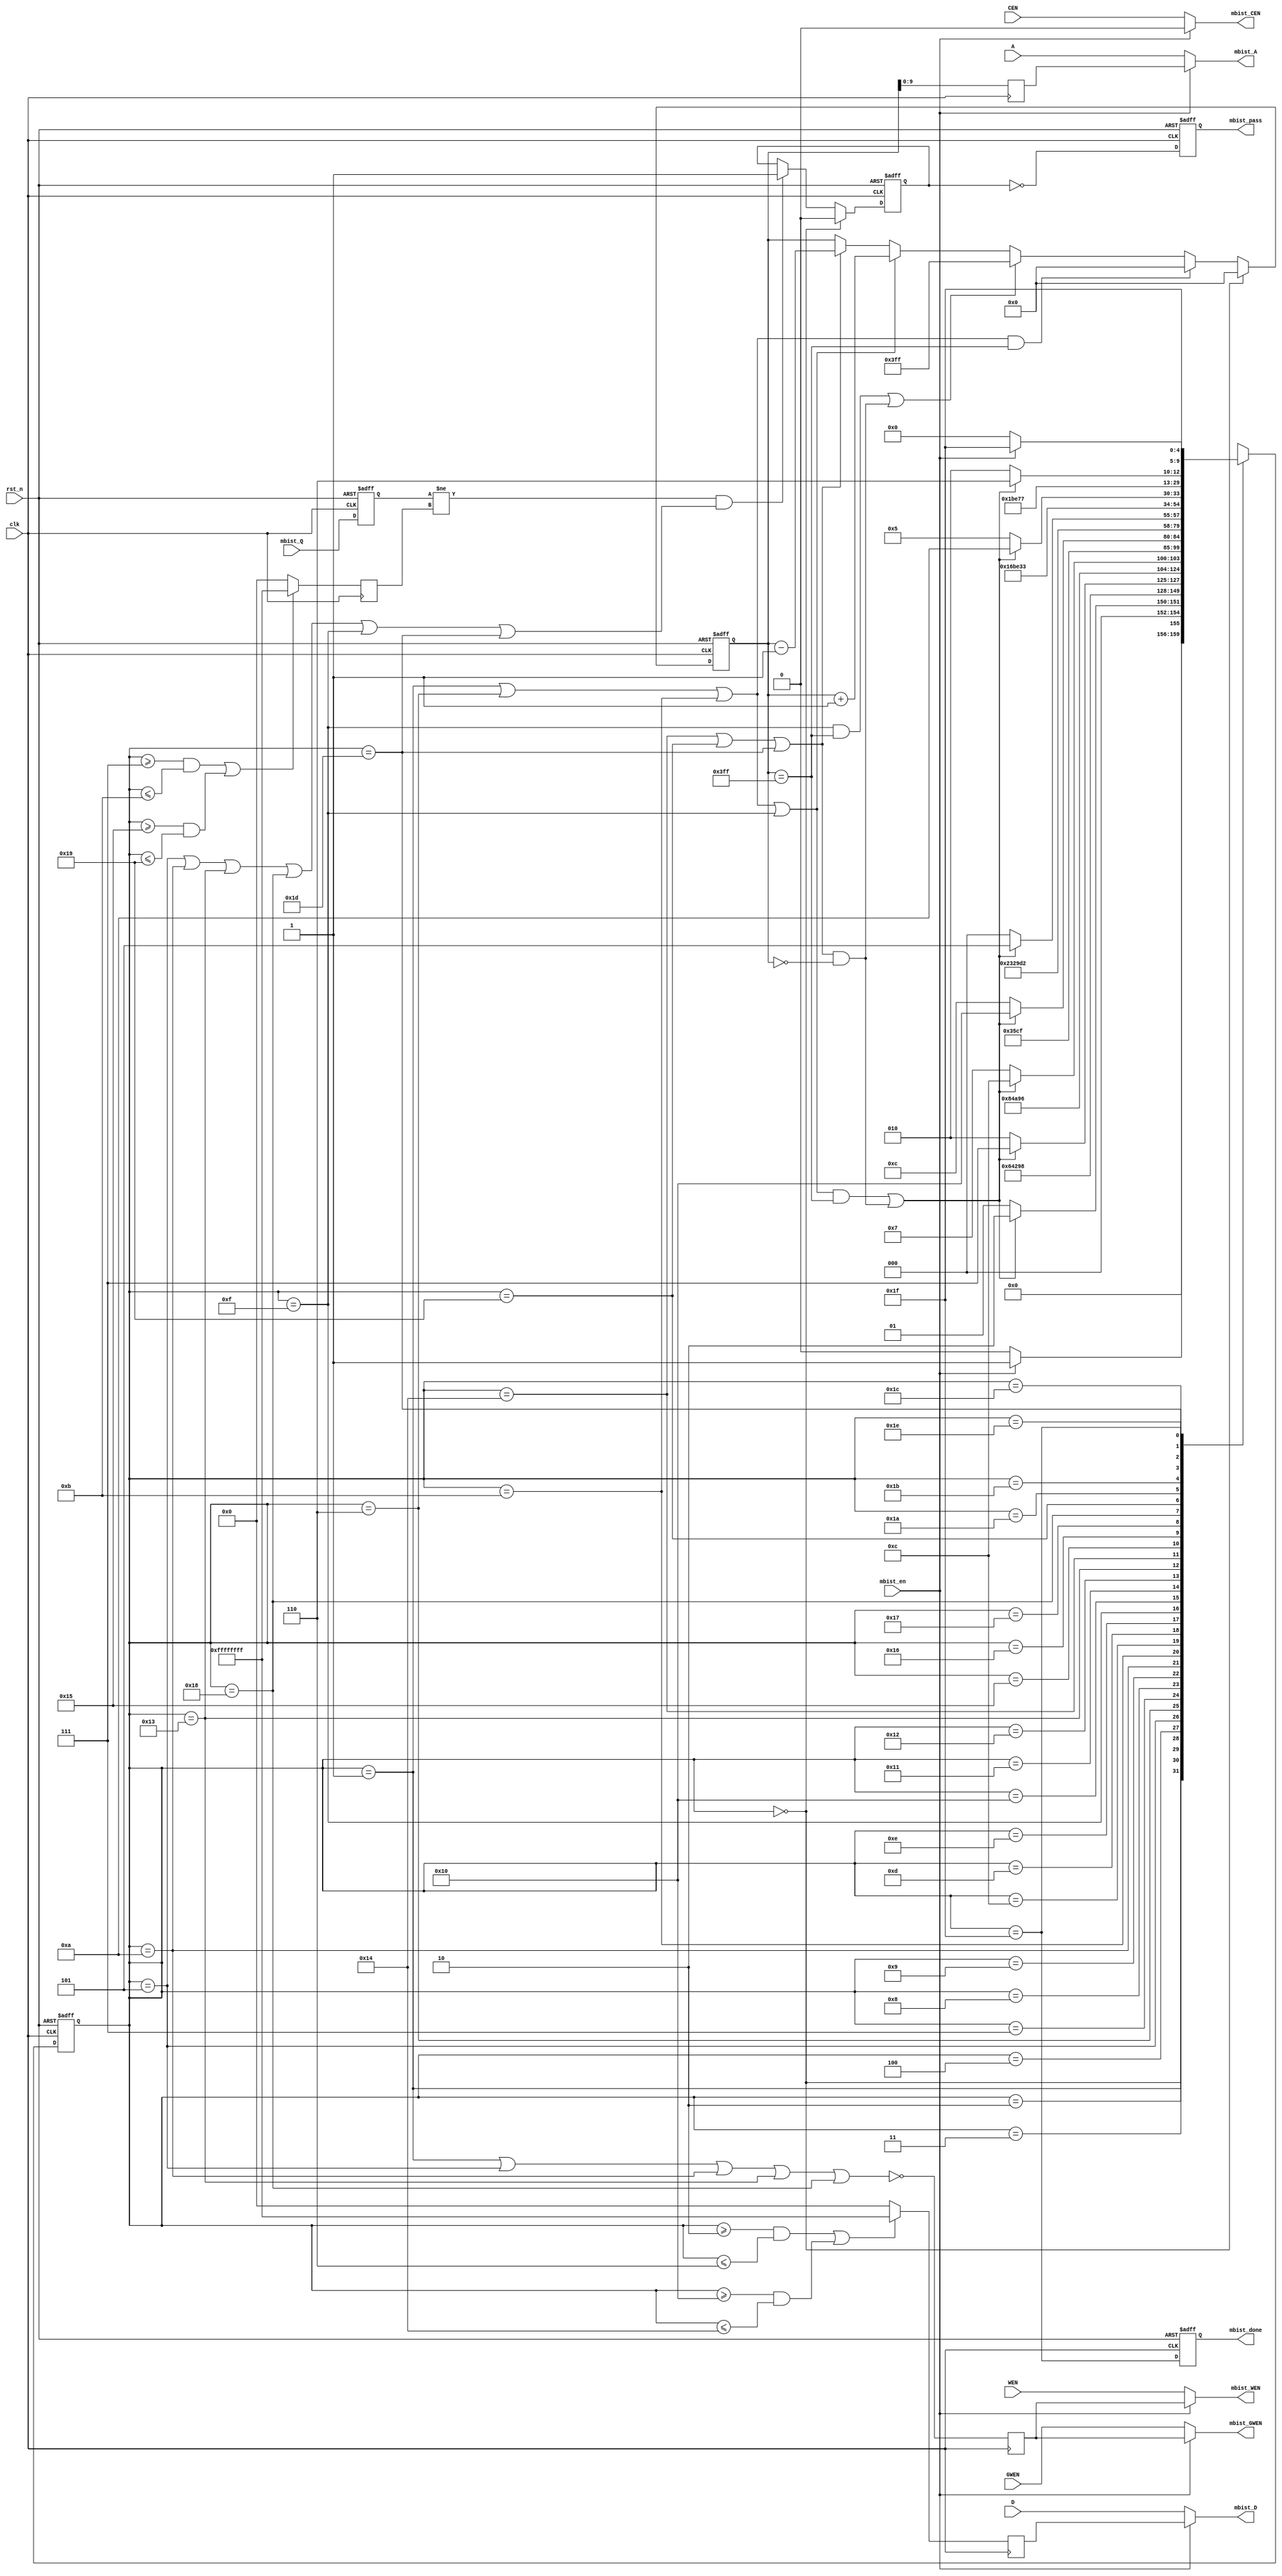
//======================================================
// GALAXY CORE COPY RIGHT
//
// SOC -- GC602S 
// DESIGN: Ivy
// REVIEW: 
//
// FUNCTION DESCRIPTION:
// 1.to test single-posrt sram 8192x32  March C
// 2.log 2  
// 3.2 col redundancy
// NOTE:
// SMIC 40nm
//  
// revision log  
// v1.0.2  2017.07.10
// v1.0.3  2017.07.12 for dc
// v1.0.4  2017.07.13 optimize
//======================================================
module SRAM_MBIST 
    #(
    parameter   ADDR    = 10,       // ceil(log2(DEPTH))
                DATA    = 32,       // IO_WIDTH, max=144
                DEPTH   = 1024,     // Words, max=2^24
                WMASK   = 1         // write mask width
    )         
    (
    input                 clk,
    input                 rst_n,
     

    input                 mbist_en,
    output reg            mbist_done,
    output reg            mbist_pass,

    input                 CEN,
    input                 GWEN,
    input  [WMASK-1 : 0]  WEN,
    input  [ADDR-1 : 0]   A,
    input  [DATA-1 : 0]   D,

    output                mbist_CEN,
    output                mbist_GWEN,
    output [WMASK-1: 0]   mbist_WEN,
    output [ADDR-1 : 0]   mbist_A,
    output [DATA-1 : 0]   mbist_D,          
    input  [DATA-1 : 0]   mbist_Q

    //output reg [8:0]     mbist_log0,  // bit[8] = 1, lower part has an error
    //output reg [8:0]     mbist_log1   // bit[8] = 1, higher part has an error
);  
localparam DEPTH_USE = DEPTH-1;

reg [ADDR-1 : 0]         test_A;
reg [DATA-1 : 0]         test_D;
reg                      test_WEN;
wire                     test_CEN = 1'b0;

assign  mbist_CEN  = mbist_en ? test_CEN : CEN;
assign  mbist_GWEN = mbist_en ? test_WEN : GWEN;
assign  mbist_WEN  = mbist_en ? {WMASK{test_WEN}} : WEN;
assign  mbist_A    = mbist_en ? test_A   : A;
assign  mbist_D    = mbist_en ? test_D   : D;
wire error_checking= 1'b0;

//===================================================================
// test items ff 00 aa 55 
//===================================================================
localparam TEST_IDLE         = 5'h0;
localparam TEST_W0_U         = 5'h1; //write 0        address up 
localparam TEST_R0W1_U_R     = 5'h2; //read 0 write 1 address up   
localparam TEST_R0W1_U_CHECK = 5'h3;
localparam TEST_R0W1_U_W_WAIT= 5'h4;
localparam TEST_R0W1_U_W     = 5'h5;
localparam TEST_R0W1_U_ADD   = 5'h6;
localparam TEST_R1W0_U_R     = 5'h7; //read 1 write 0 address up
localparam TEST_R1W0_U_CHECK = 5'h8;
localparam TEST_R1W0_U_W_WAIT= 5'h9;
localparam TEST_R1W0_U_W     = 5'ha; 
localparam TEST_R1W0_U_ADD   = 5'hb; 
localparam TEST_R0_U         = 5'hc; //read 0         address up
localparam TEST_R0_U_CHECK   = 5'hd;
localparam TEST_R0_U_ADD_WAIT= 5'he;
localparam TEST_R0_U_ADD     = 5'hf; 
localparam TEST_R0W1_D_R     = 5'h10; //read 0 write 1 address down
localparam TEST_R0W1_D_CHECK = 5'h11;
localparam TEST_R0W1_D_W_WAIT= 5'h12;
localparam TEST_R0W1_D_W     = 5'h13;
localparam TEST_R0W1_D_DEC   = 5'h14;
localparam TEST_R1W0_D_R     = 5'h15; //read 1 write 0 address down
localparam TEST_R1W0_D_CHECK = 5'h16;
localparam TEST_R1W0_D_W_WAIT =5'h17;
localparam TEST_R1W0_D_W     = 5'h18;
localparam TEST_R1W0_D_DEC   = 5'h19;
localparam TEST_R0_D         = 5'h1a; //read 0        address down
localparam TEST_R0_D_CHECK   = 5'h1b;
localparam TEST_R0_D_DEC_WAIT= 5'h1c;
localparam TEST_R0_D_DEC     = 5'h1d;
localparam TEST_LOG          = 5'h1e;
localparam TEST_CMP          = 5'h1f; 

reg [4:0] test_state,next_test_state;
wire   cnt_finish;

always@(posedge clk or negedge rst_n)
      if(~rst_n)
           test_state <= 5'h0;
       else if (error_checking)
           test_state <= test_state;
       else
           test_state <= next_test_state;

always@(*)
       case(test_state) 
  TEST_IDLE       : begin
                        if(mbist_en)         
                            next_test_state = TEST_W0_U;
                        else
                            next_test_state = TEST_IDLE;
                    end
            
  TEST_W0_U       : begin
                        if(cnt_finish)
                            next_test_state = TEST_R0W1_U_R;
                        else
                            next_test_state = TEST_W0_U; 
                    end 

  TEST_R0W1_U_R   :         next_test_state = TEST_R0W1_U_CHECK;
  TEST_R0W1_U_CHECK :       next_test_state = TEST_R0W1_U_W_WAIT;
  TEST_R0W1_U_W_WAIT:       next_test_state = TEST_R0W1_U_W;
  TEST_R0W1_U_W   :         next_test_state = TEST_R0W1_U_ADD;
  TEST_R0W1_U_ADD : begin
                        if(cnt_finish)
                            next_test_state = TEST_R1W0_U_R;
                        else
                            next_test_state = TEST_R0W1_U_R; 
                    end 

  TEST_R1W0_U_R   :         next_test_state = TEST_R1W0_U_CHECK;
  TEST_R1W0_U_CHECK :       next_test_state = TEST_R1W0_U_W_WAIT;
  TEST_R1W0_U_W_WAIT:       next_test_state = TEST_R1W0_U_W;
  TEST_R1W0_U_W   :         next_test_state = TEST_R1W0_U_ADD;
  TEST_R1W0_U_ADD : begin
                        if(cnt_finish)
                            next_test_state = TEST_R0_U;
                        else
                            next_test_state = TEST_R1W0_U_R; 
                    end 

  TEST_R0_U       :         next_test_state = TEST_R0_U_CHECK;
  TEST_R0_U_CHECK :         next_test_state = TEST_R0_U_ADD_WAIT; 
  TEST_R0_U_ADD_WAIT :         next_test_state = TEST_R0_U_ADD; 
  TEST_R0_U_ADD   : begin
                        if(cnt_finish)
                            next_test_state = TEST_R0W1_D_R;
                        else
                            next_test_state = TEST_R0_U; 
                    end

  TEST_R0W1_D_R   :         next_test_state = TEST_R0W1_D_CHECK;
  TEST_R0W1_D_CHECK :       next_test_state = TEST_R0W1_D_W_WAIT;
  TEST_R0W1_D_W_WAIT:       next_test_state = TEST_R0W1_D_W;
  TEST_R0W1_D_W   :         next_test_state = TEST_R0W1_D_DEC;
  TEST_R0W1_D_DEC : begin
                        if(cnt_finish)
                            next_test_state = TEST_R1W0_D_R;
                        else
                            next_test_state = TEST_R0W1_D_R; 
                    end 

  TEST_R1W0_D_R   :         next_test_state = TEST_R1W0_D_CHECK;
  TEST_R1W0_D_CHECK :       next_test_state = TEST_R1W0_D_W_WAIT;
  TEST_R1W0_D_W_WAIT:       next_test_state = TEST_R1W0_D_W;
  TEST_R1W0_D_W   :         next_test_state = TEST_R1W0_D_DEC;
  TEST_R1W0_D_DEC : begin
                        if(cnt_finish)
                            next_test_state = TEST_R0_D;
                        else
                            next_test_state = TEST_R1W0_D_R; 
                    end 

  TEST_R0_D      :          next_test_state = TEST_R0_D_CHECK;
  TEST_R0_D_CHECK :         next_test_state = TEST_R0_D_DEC_WAIT; 
  TEST_R0_D_DEC_WAIT :         next_test_state = TEST_R0_D_DEC; 
  TEST_R0_D_DEC  :  begin
                        if(cnt_finish)
                            next_test_state = TEST_LOG;
                        else
                            next_test_state = TEST_R0_D; 
                    end 
  TEST_LOG       :          next_test_state = TEST_CMP;
  TEST_CMP       :  begin
                        if(~mbist_en)
                            next_test_state = TEST_IDLE;
                        else
                            next_test_state = TEST_CMP;  
                    end 
  default        :          next_test_state = TEST_IDLE;
 endcase

//=======================================================================
reg [14:0] test_cnt;
always@(posedge clk)
    test_A <= test_cnt[ADDR-1 : 0];    
wire  cnt_up_valid   = test_state == TEST_W0_U       || test_state == TEST_R0W1_U_ADD || test_state ==TEST_R1W0_U_ADD || test_state ==TEST_R0_U_ADD ;
wire  cnt_down_valid = test_state == TEST_R0W1_D_DEC || test_state == TEST_R1W0_D_DEC || test_state ==TEST_R0_D_DEC;
assign cnt_finish    = (cnt_up_valid && test_cnt == DEPTH_USE) || (cnt_down_valid && test_cnt == 0);

wire  reset0_valid   = (test_state == TEST_W0_U      || test_state == TEST_R0W1_U_ADD || test_state ==TEST_R1W0_U_ADD) && test_cnt == DEPTH_USE;
wire  resetf_valid   = (test_state == TEST_R0_U_ADD  && test_cnt == DEPTH_USE)     || (cnt_down_valid && test_cnt == 0);

always@(posedge clk or negedge rst_n)
       if(~rst_n)
            test_cnt <= 'h0;
       else if(test_state == TEST_IDLE)
            test_cnt <= 'h0;          
       else if (~error_checking)
       begin
            if(reset0_valid)
                test_cnt <= 'h0;
            else if(resetf_valid)
                test_cnt <= DEPTH_USE; //{ADDR{1'b1}};
            else if(cnt_up_valid)
                test_cnt <= test_cnt + 15'h1;
            else if(cnt_down_valid)
                test_cnt <= test_cnt - 15'h1;  
       end
            
//=============================================================================       Write
always@(posedge clk)
    test_WEN    <= ~(test_state == TEST_W0_U || test_state == TEST_R0W1_U_W || test_state == TEST_R1W0_U_W || test_state == TEST_R0W1_D_W || test_state == TEST_R1W0_D_W); 
wire    write1_valid =  (test_state >= TEST_R0W1_U_R && test_state <= TEST_R0W1_U_ADD) || (test_state >= TEST_R0W1_D_R && test_state <= TEST_R0W1_D_DEC);
always@(posedge clk)
    test_D      <=  write1_valid ? {DATA{1'b1}} : {DATA{1'b0}};

//=============================================================================       Read check
//reg check_valid;
//always@(posedge clk)
//    check_valid <= (test_state == TEST_R0W1_U_CHECK || test_state == TEST_R1W0_U_CHECK || test_state == TEST_R0W1_D_CHECK || test_state == TEST_R1W0_D_CHECK || test_state == TEST_R0_U_CHECK || test_state == TEST_R0_D_CHECK);
wire     check_valid = (test_state == TEST_R0W1_U_W || test_state == TEST_R1W0_U_W || test_state == TEST_R0W1_D_W || test_state == TEST_R1W0_D_W || test_state == TEST_R0_U_ADD || test_state == TEST_R0_D_DEC);
wire            check1_valid = (test_state >= TEST_R1W0_U_R && test_state <= TEST_R1W0_U_ADD) || (test_state >= TEST_R1W0_D_R && test_state <= TEST_R1W0_D_DEC);
reg [DATA-1:0] check_D;
always@(posedge clk)
    check_D <= check1_valid ? {DATA{1'b1}} : {DATA{1'b0}};

//=============================================== addresss log
reg [DATA-1 : 0]   mbist_Q_d;

always@(posedge clk or negedge rst_n)
    if (~rst_n)
       mbist_Q_d <= {(DATA){1'b0}};
    else 
       mbist_Q_d <= mbist_Q ;  


wire  error_valid =  (mbist_Q_d != check_D) && check_valid;

reg error_fail;

always@(posedge clk or negedge rst_n)
    if (~rst_n)
        error_fail <= 1'b0;
    else if(test_state == TEST_IDLE)
        error_fail <= 1'b0;
    else if (error_valid)
        error_fail <= 1'b1;

//reg [127:0] error_info0, error_info1;
//always@(posedge clk)
//begin
//     error_info0 <= {{(128-DATA/2){1'b0}}, mbist_Q[(DATA/2-1) : 0     ] ^ check_D[(DATA/2-1) : 0     ]};
//     error_info1 <= {{(128-DATA/2){1'b0}}, mbist_Q[(DATA-1)   : DATA/2] ^ check_D[(DATA-1)   : DATA/2]};
//end

//wire [127:0]    error_info0 = {{(128-DATA/2){1'b0}}, mbist_Q[(DATA/2-1) : 0     ] ^ check_D[(DATA/2-1) : 0     ]};
//wire [127:0]    error_info1 = {{(128-DATA/2){1'b0}}, mbist_Q[(DATA-1)   : DATA/2] ^ check_D[(DATA-1)   : DATA/2]};

/*
//=============================================== column redundancy
reg [1:0] error_col_cnt0, error_col_cnt1;  
reg [3:0] error_bit_cnt;

assign error_checking = error_valid && error_bit_cnt <= 'h7; 

always@(posedge clk or negedge rst_n)
    if (~rst_n)
        error_bit_cnt <= 'h0;
    else if (error_valid)
        error_bit_cnt <= error_bit_cnt + 'b1;
    else error_bit_cnt <= 'b0;

reg [6:0] error_bit0, error_bit1;
reg [1:0] error_flag0, error_flag1;
reg [63:0] error_info_tmp0, error_info_tmp1;
always@(posedge clk or negedge rst_n)
    if (~rst_n)
        error_bit0  <= 7'b0;
    else if (error_valid)
        case (error_bit_cnt)
        4'h0 : if (|error_info0[127:64]) 
                    error_bit0  <= {1'b1, 6'b0};
               else 
                    error_bit0  <= {1'b0, 6'b0};

        4'h1 : if (|error_info_tmp0[63:32])
                   error_bit0  <= {error_bit0[6], 1'b1, 5'b0}; 
               else 
                   error_bit0  <= {error_bit0[6], 1'b0, 5'b0};

        4'h2 : if (|error_info_tmp0[31:16])
                    error_bit0  <= {error_bit0[6:5], 1'b1, 4'b0};
               else 
                    error_bit0  <= {error_bit0[6:5], 1'b0, 4'b0};

        4'h3 : if (|error_info_tmp0[15:8])
                    error_bit0  <= {error_bit0[6:4], 1'b1, 3'b0};
               else 
                    error_bit0  <= {error_bit0[6:4], 1'b0, 3'b0};

        4'h4 : if (|error_info_tmp0[7:4])
                    error_bit0  <= {error_bit0[6:3], 1'b1, 2'b0};
               else 
                    error_bit0  <= {error_bit0[6:3], 1'b0, 2'b0};

        4'h5 : if (|error_info_tmp0[3:2])
                    error_bit0  <=  {error_bit0[6:2], 1'b1, 1'b0};
               else 
                    error_bit0  <=  {error_bit0[6:2], 1'b0, 1'b0};

        4'h6 : if (error_info_tmp0[1])
                    error_bit0  <= {error_bit0[6:1], 1'b1};
               else
                    error_bit0  <= {error_bit0[6:1], 1'b0};
        endcase

wire error_flag0_not_full = ~error_flag0[1];
always@(posedge clk or negedge rst_n)
    if (~rst_n)
        error_flag0 <= 2'b0;
    else if (error_valid && error_flag0_not_full)
        case (error_bit_cnt)
        4'h0 : error_flag0 <= |error_info0    [127:64]+ |error_info0    [63:0];
        4'h1 : error_flag0 <= |error_info_tmp0[63:32] + |error_info_tmp0[31:0];
        4'h2 : error_flag0 <= |error_info_tmp0[31:16] + |error_info_tmp0[15:0];
        4'h3 : error_flag0 <= |error_info_tmp0[15:8]  + |error_info_tmp0[7:0];
        4'h4 : error_flag0 <= |error_info_tmp0[7:4]   + |error_info_tmp0[3:0];
        4'h5 : error_flag0 <= |error_info_tmp0[3:2]   + |error_info_tmp0[1:0];
        4'h6 : error_flag0 <=  error_info_tmp0[1]     +  error_info_tmp0[0];
        endcase

always@(posedge clk or negedge rst_n)
    if (~rst_n)
        error_info_tmp0 <= 64'b0;
    else if (error_valid)
        case (error_bit_cnt)
        4'h0 : if (|error_info0[127:64])
                    error_info_tmp0 <= error_info0[127:64];
               else 
                    error_info_tmp0 <= error_info0[63:0];

        4'h1 : if (|error_info_tmp0[63:32])
                    error_info_tmp0 <= error_info_tmp0[63:32];
               else 
                    error_info_tmp0 <= error_info_tmp0[31:0];

        4'h2 : if (|error_info_tmp0[31:16])
                    error_info_tmp0 <= error_info_tmp0[31:16];
               else 
                    error_info_tmp0 <= error_info_tmp0[15:0];

        4'h3 : if (|error_info_tmp0[15:8])
                    error_info_tmp0 <= error_info_tmp0[15:8];
               else 
                    error_info_tmp0 <= error_info_tmp0[7:0];

        4'h4 : if (|error_info_tmp0[7:4])
                    error_info_tmp0 <= error_info_tmp0[7:4];
               else 
                    error_info_tmp0 <= error_info_tmp0[3:0];

        4'h5 : if (|error_info_tmp0[3:2])
                    error_info_tmp0 <= error_info_tmp0[3:2];
               else 
                    error_info_tmp0 <= error_info_tmp0[1:0];
         endcase

always@(posedge clk or negedge rst_n)
    if (~rst_n)
        error_bit1  <= 7'b0;
    else if (error_valid)
        case (error_bit_cnt)
        4'h0 : if (|error_info1[127:64])
                    error_bit1 <= {1'b1, 6'b0};
               else 
                    error_bit1 <= {1'b0, 6'b0};

        4'h1 : if (|error_info_tmp1[63:32])
                    error_bit1  <= {error_bit1[6], 1'b1, 5'b0};
               else 
                    error_bit1  <= {error_bit1[6], 1'b0, 5'b0};

        4'h2 : if (|error_info_tmp1[31:16])
                    error_bit1  <= {error_bit1[6:5], 1'b1, 4'b0};
               else
                    error_bit1  <= {error_bit1[6:5], 1'b0, 4'b0};

        4'h3 : if (|error_info_tmp1[15:8])
                    error_bit1  <= {error_bit1[6:4], 1'b1, 3'b0};
               else 
                    error_bit1  <= {error_bit1[6:4], 1'b0, 3'b0};
        
        4'h4 : if (|error_info_tmp1[7:4])
                    error_bit1  <= {error_bit1[6:3], 1'b1, 2'b0};
               else
                    error_bit1  <= {error_bit1[6:3], 1'b0, 2'b0};

        4'h5 : if (|error_info_tmp1[3:2])
                    error_bit1  <= {error_bit1[6:2], 1'b1, 1'b0};
               else
                    error_bit1  <= {error_bit1[6:2], 1'b0, 1'b0};

        4'h6 : if (error_info_tmp1[1])
                    error_bit1  <= {error_bit1[6:1], 1'b1};
               else
                    error_bit1  <= {error_bit1[6:1], 1'b0};
        endcase

wire error_flag1_not_full = ~error_flag1[1];

always@(posedge clk or negedge rst_n)
    if (~rst_n)
        error_flag1 <= 2'b0;
    else if (error_valid & error_flag1_not_full)
        case (error_bit_cnt)
        4'h0 : error_flag1 <= |error_info1    [127:64]+ |error_info1    [63:0];
        4'h1 : error_flag1 <= |error_info_tmp1[63:32] + |error_info_tmp1[31:0];
        4'h2 : error_flag1 <= |error_info_tmp1[31:16] + |error_info_tmp1[15:0];
        4'h3 : error_flag1 <= |error_info_tmp1[15:8]  + |error_info_tmp1[7:0];
        4'h4 : error_flag1 <= |error_info_tmp1[7:4]   + |error_info_tmp1[3:0];
        4'h5 : error_flag1 <= |error_info_tmp1[3:2]   + |error_info_tmp1[1:0];
        4'h6 : error_flag1 <=  error_info_tmp1[1]     +  error_info_tmp1[0];
        endcase

always@(posedge clk or negedge rst_n)
    if (~rst_n)
        error_info_tmp1 <= 64'b0;
    else if (error_valid)
        case (error_bit_cnt)
        4'h0 : if (|error_info1[127:64])
                    error_info_tmp1 <= error_info1[127:64];
               else
                    error_info_tmp1 <= error_info1[63:0];

        4'h1 : if (|error_info_tmp1[63:32])
                    error_info_tmp1 <= error_info_tmp1[63:32];
               else
                    error_info_tmp1 <= error_info_tmp1[31:0];

        4'h2 : if (|error_info_tmp1[31:16])
                    error_info_tmp1 <= error_info_tmp1[31:16];
               else
                    error_info_tmp1 <= error_info_tmp1[15:0];

        4'h3 : if (|error_info_tmp1[15:8])
                    error_info_tmp1 <= error_info_tmp1[15:8];
               else 
                    error_info_tmp1 <= error_info_tmp1[7:0];

        4'h4 : if (|error_info_tmp1[7:4])
                    error_info_tmp1 <= error_info_tmp1[7:4];
               else 
                    error_info_tmp1 <= error_info_tmp1[3:0];

        4'h5 : if (|error_info_tmp1[3:2])
                    error_info_tmp1 <= error_info_tmp1[3:2];
               else 
                    error_info_tmp1 <= error_info_tmp1[1:0];
         endcase

reg [7:0] error_bit_log0, error_bit_log1;
wire error_col_cnt0_full = (error_col_cnt0 == 2'b10);
wire error_col_cnt0_tmp1 = (error_col_cnt0 == 2'b1);
always @(posedge clk or negedge rst_n)
    if (~rst_n)
        error_col_cnt0 <= 2'b0;
    else if (error_bit_cnt == 'h7)
         begin
            if (error_flag0 == 2'b10 || error_col_cnt0_full)
                error_col_cnt0 <= 2'b10;
            else if (error_flag0 == 2'b1)
                 begin
                    if (error_col_cnt0_tmp1 && error_bit0 != error_bit_log0)
                        error_col_cnt0 <= 2'b10;
                    else
                        error_col_cnt0 <= 2'b1;
                 end
         end
                

always @(posedge clk or negedge rst_n)
    if (~rst_n)
        error_bit_log0 <= 8'b0;
    else if (error_bit_cnt == 'h7)
         begin
            if (error_flag0 == 2'b10 || error_col_cnt0_full)
                error_bit_log0 <= 8'hff;
            else if (error_flag0 == 2'b1) 
                 begin
                    if (error_col_cnt0 == 2'b1 && error_bit0 != error_bit_log0)
                        error_bit_log0 <= 8'hff;
                    else 
                        error_bit_log0 <= error_bit0;
                 end      
         end   
wire error_col_cnt1_full = (error_col_cnt1 == 2'b10);
wire error_col_cnt1_tmp1 = (error_col_cnt1 == 2'b1);
always @(posedge clk or negedge rst_n)
    if (~rst_n)
        error_col_cnt1 <= 2'b0;
    else if (error_bit_cnt == 'h7)
         begin
            if (error_flag1 == 2'b10 || error_col_cnt1_full)
                error_col_cnt1 <= 2'b10;
            else if (error_flag1 == 2'b1) 
                 begin
                    if (error_col_cnt1_tmp1 && (error_bit1 + DATA/2) != error_bit_log1)
                        error_col_cnt1 <= 2'b10;
                    else 
                        error_col_cnt1 <= 2'b1;
                 end            
         end    

always @(posedge clk or negedge rst_n)
    if (~rst_n)
        error_bit_log1 <= 8'b0;
    else if (error_bit_cnt == 'h7)
         begin
            if (error_flag1 == 2'b10 || error_col_cnt1_full)
                error_bit_log1 <= 8'hff;
            else if (error_flag1 == 2'b1) 
                 begin
                    if (error_col_cnt1 == 2'b1 && (error_bit1 + DATA/2) != error_bit_log1)
                        error_bit_log1 <= 8'hff;
                    else 
                        error_bit_log1 <= error_bit1 + DATA/2;
                 end            
         end    

always@(posedge clk or negedge rst_n)
       if(~rst_n)
           mbist_log0 <= 9'b0;
       else if (test_state == TEST_IDLE)
                    mbist_log0 <= 9'b0;
       else if(test_state == TEST_LOG && error_col_cnt0 >= 2'b1)
                    mbist_log0 <= {1'b1, error_bit_log0};

always@(posedge clk or negedge rst_n)
       if(~rst_n)
           mbist_log1 <= 9'b0;
       else if (test_state == TEST_IDLE)
                    mbist_log1 <= 9'b0;
       else if(test_state == TEST_LOG && error_col_cnt1 >= 2'b1)
                    mbist_log1 <= {1'b1, error_bit_log1};
*/

always @(posedge clk or negedge rst_n)
    if(~rst_n) 
        mbist_done <= 1'b0;
    else
        mbist_done <= (test_state == TEST_CMP);

always @(posedge clk or negedge rst_n)
    if(~rst_n)
       mbist_pass <= 1'b0;
    else   
       mbist_pass <= ~error_fail;//(error_col_cnt0==2'b0 && error_col_cnt1 == 2'b0);

//always @(posedge clk)
//    mbist_repairable <= ~(error_col_cnt0_full || error_col_cnt1_full);

endmodule